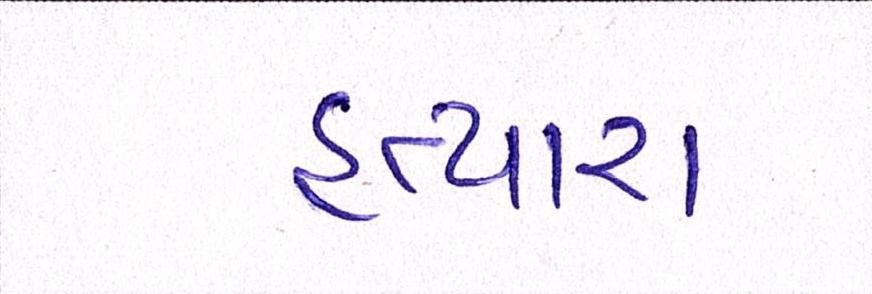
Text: હત્યારા